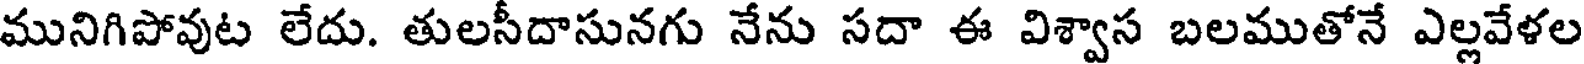
మునిగిపోవుట లేదు. తులసీదాసునగు నేను సదా ఈ విశ్వాస బలముతోనే ఎల్లవేళల